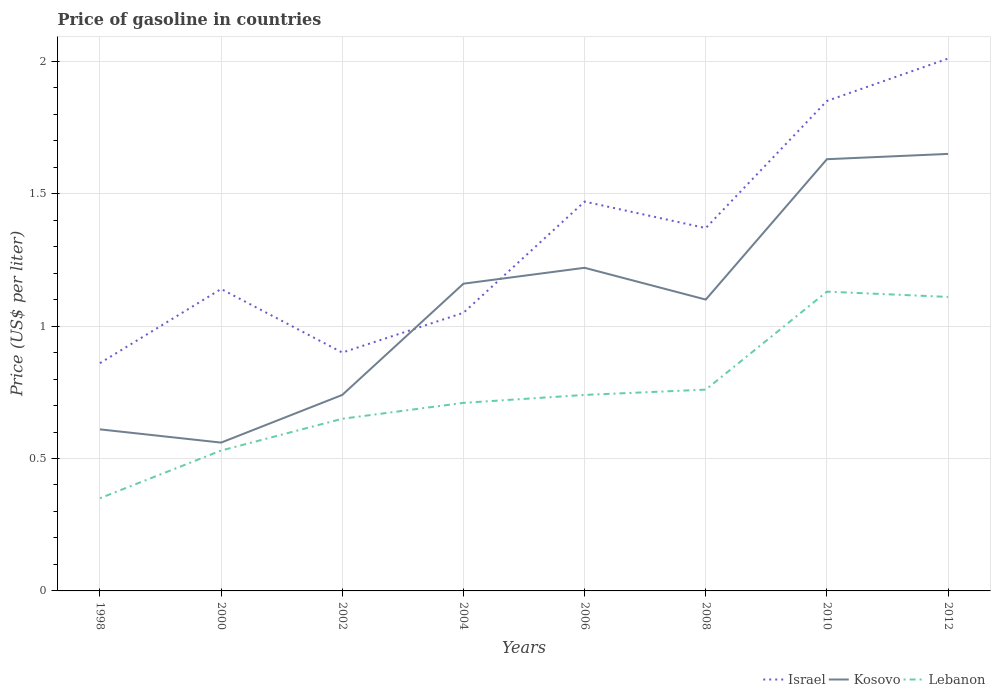
| Years | Israel | Kosovo | Lebanon |
 | --- | --- | --- | --- |
 | 1998 | 0.86 | 0.61 | 0.35 |
 | 2000 | 1.14 | 0.56 | 0.53 |
 | 2002 | 0.9 | 0.74 | 0.65 |
 | 2004 | 1.05 | 1.16 | 0.71 |
 | 2006 | 1.47 | 1.22 | 0.74 |
 | 2008 | 1.37 | 1.1 | 0.76 |
 | 2010 | 1.85 | 1.63 | 1.13 |
 | 2012 | 2.01 | 1.65 | 1.11 |